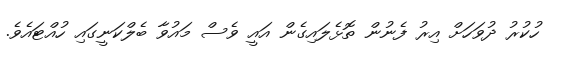
ހުކުރު ދުވަހަށް އިރު ފެނުން ތޮޅެލައިގެން އައީ ވެސް މައުވާ ބެލްކަނީގައި ހުއްޓައެވެ.